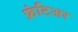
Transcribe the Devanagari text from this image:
फ्रंटिअर